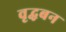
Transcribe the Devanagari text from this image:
वृद्धबन